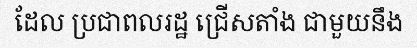
ដែល ប្រជាពលរដ្ឋ ជ្រើសតាំង ជាមួយនឹង